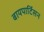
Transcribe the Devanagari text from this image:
बायपार्टिसन